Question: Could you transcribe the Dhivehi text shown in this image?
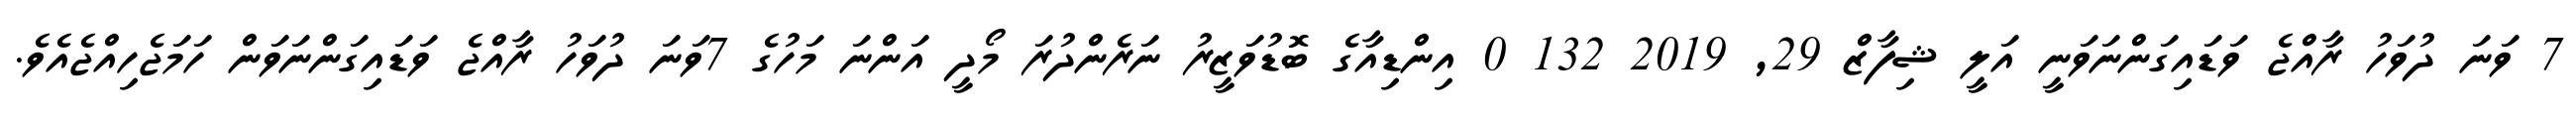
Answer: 7 ވަނަ ދުވަހު ރާއްޖެ ވަޑައިގަންނަވަނީ އަލީ ޝިފާޒް 29, 2019 132 0 އިންޑިއާގެ ބޮޑުވަޒީރު ނަރެންދުރަ މޯދީ އަންނަ މަހުގެ 7ވަނަ ދުވަހު ރާއްޖެ ވަޑައިގަންނަވަން ހަމަޖެހިއްޖެއެވެ.